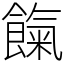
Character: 餼